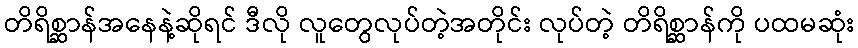
တိရိစ္ဆာန်အနေနဲ့ဆိုရင် ဒီလို လူတွေလုပ်တဲ့အတိုင်း လုပ်တဲ့ တိရိစ္ဆာန်ကို ပထမဆုံး